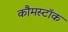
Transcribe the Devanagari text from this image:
कौमस्टॉक